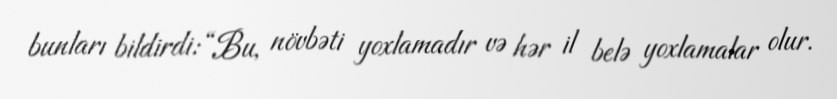
bunları bildirdi: “Bu, növbəti yoxlamadır və hər il belə yoxlamalar olur.